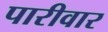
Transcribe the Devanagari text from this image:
पारीवार